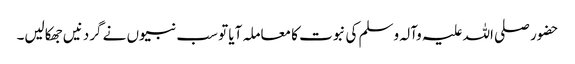
حضور صلی اللہ علیہ وآلہ وسلم کی نبوت کا معاملہ آیا تو سب نبیوں نے گردنیں جھکالیں۔